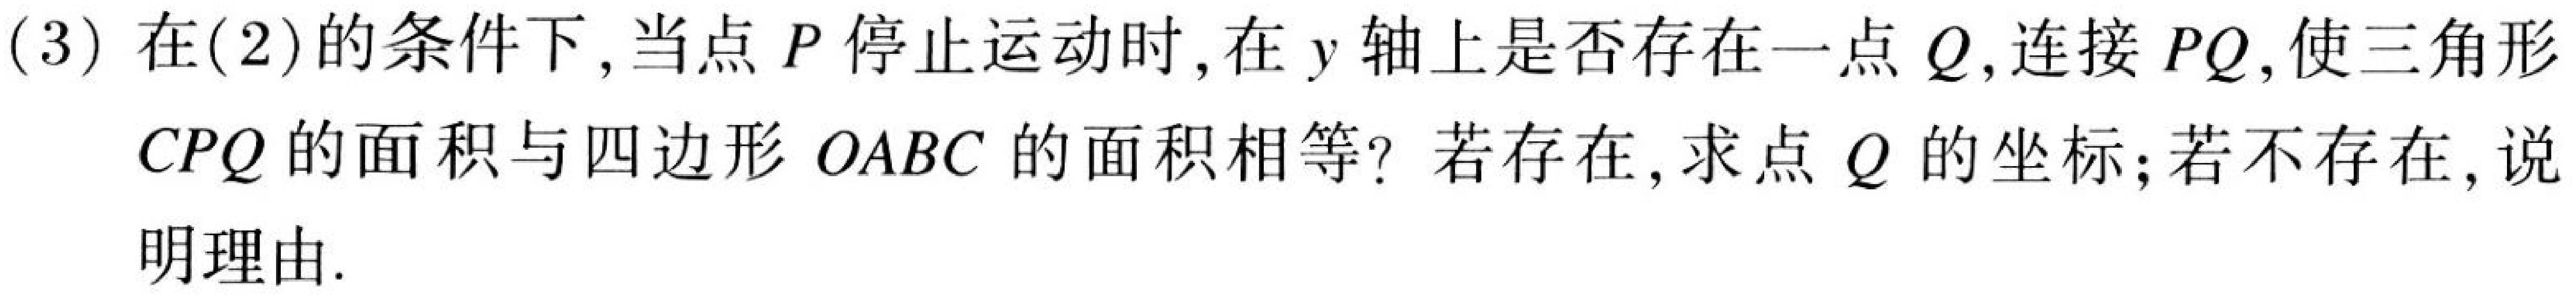
(3)在(2)的条件下,当点\(P\)停止运动时,在\(y\)轴上是否存在一点\(Q\),连接\(PQ\),使三角形\(CPQ\)的面积与四边形\(OABC\)的面积相等?若存在,求点\(Q\)的坐标;若不存在,说明理由.